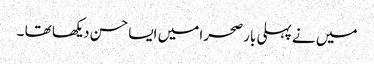
میں نے پہلی بار صحرا میں ایسا حسن دیکھا تھا ۔